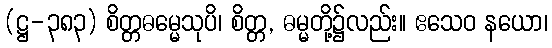
(ဋ္ဌ-၃၈၃) စိတ္တဓမ္မေသုပိ၊ စိတ္တ, ဓမ္မတို့၌လည်း။ ဧသေဝ နယော၊